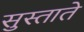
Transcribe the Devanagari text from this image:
सुस्ताते